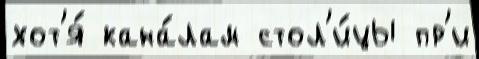
хот'я́ кана́лам стол'и́цы пр'и